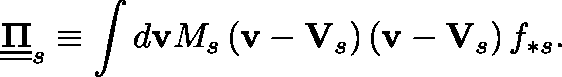
\underline { { \underline { { \mathbf { \Pi } } } } } _ { s } \equiv \int d \mathbf { v } M _ { s } \left( \mathbf { v } - \mathbf { V } _ { s } \right) \left( \mathbf { v } - \mathbf { V } _ { s } \right) f _ { \ast s } .